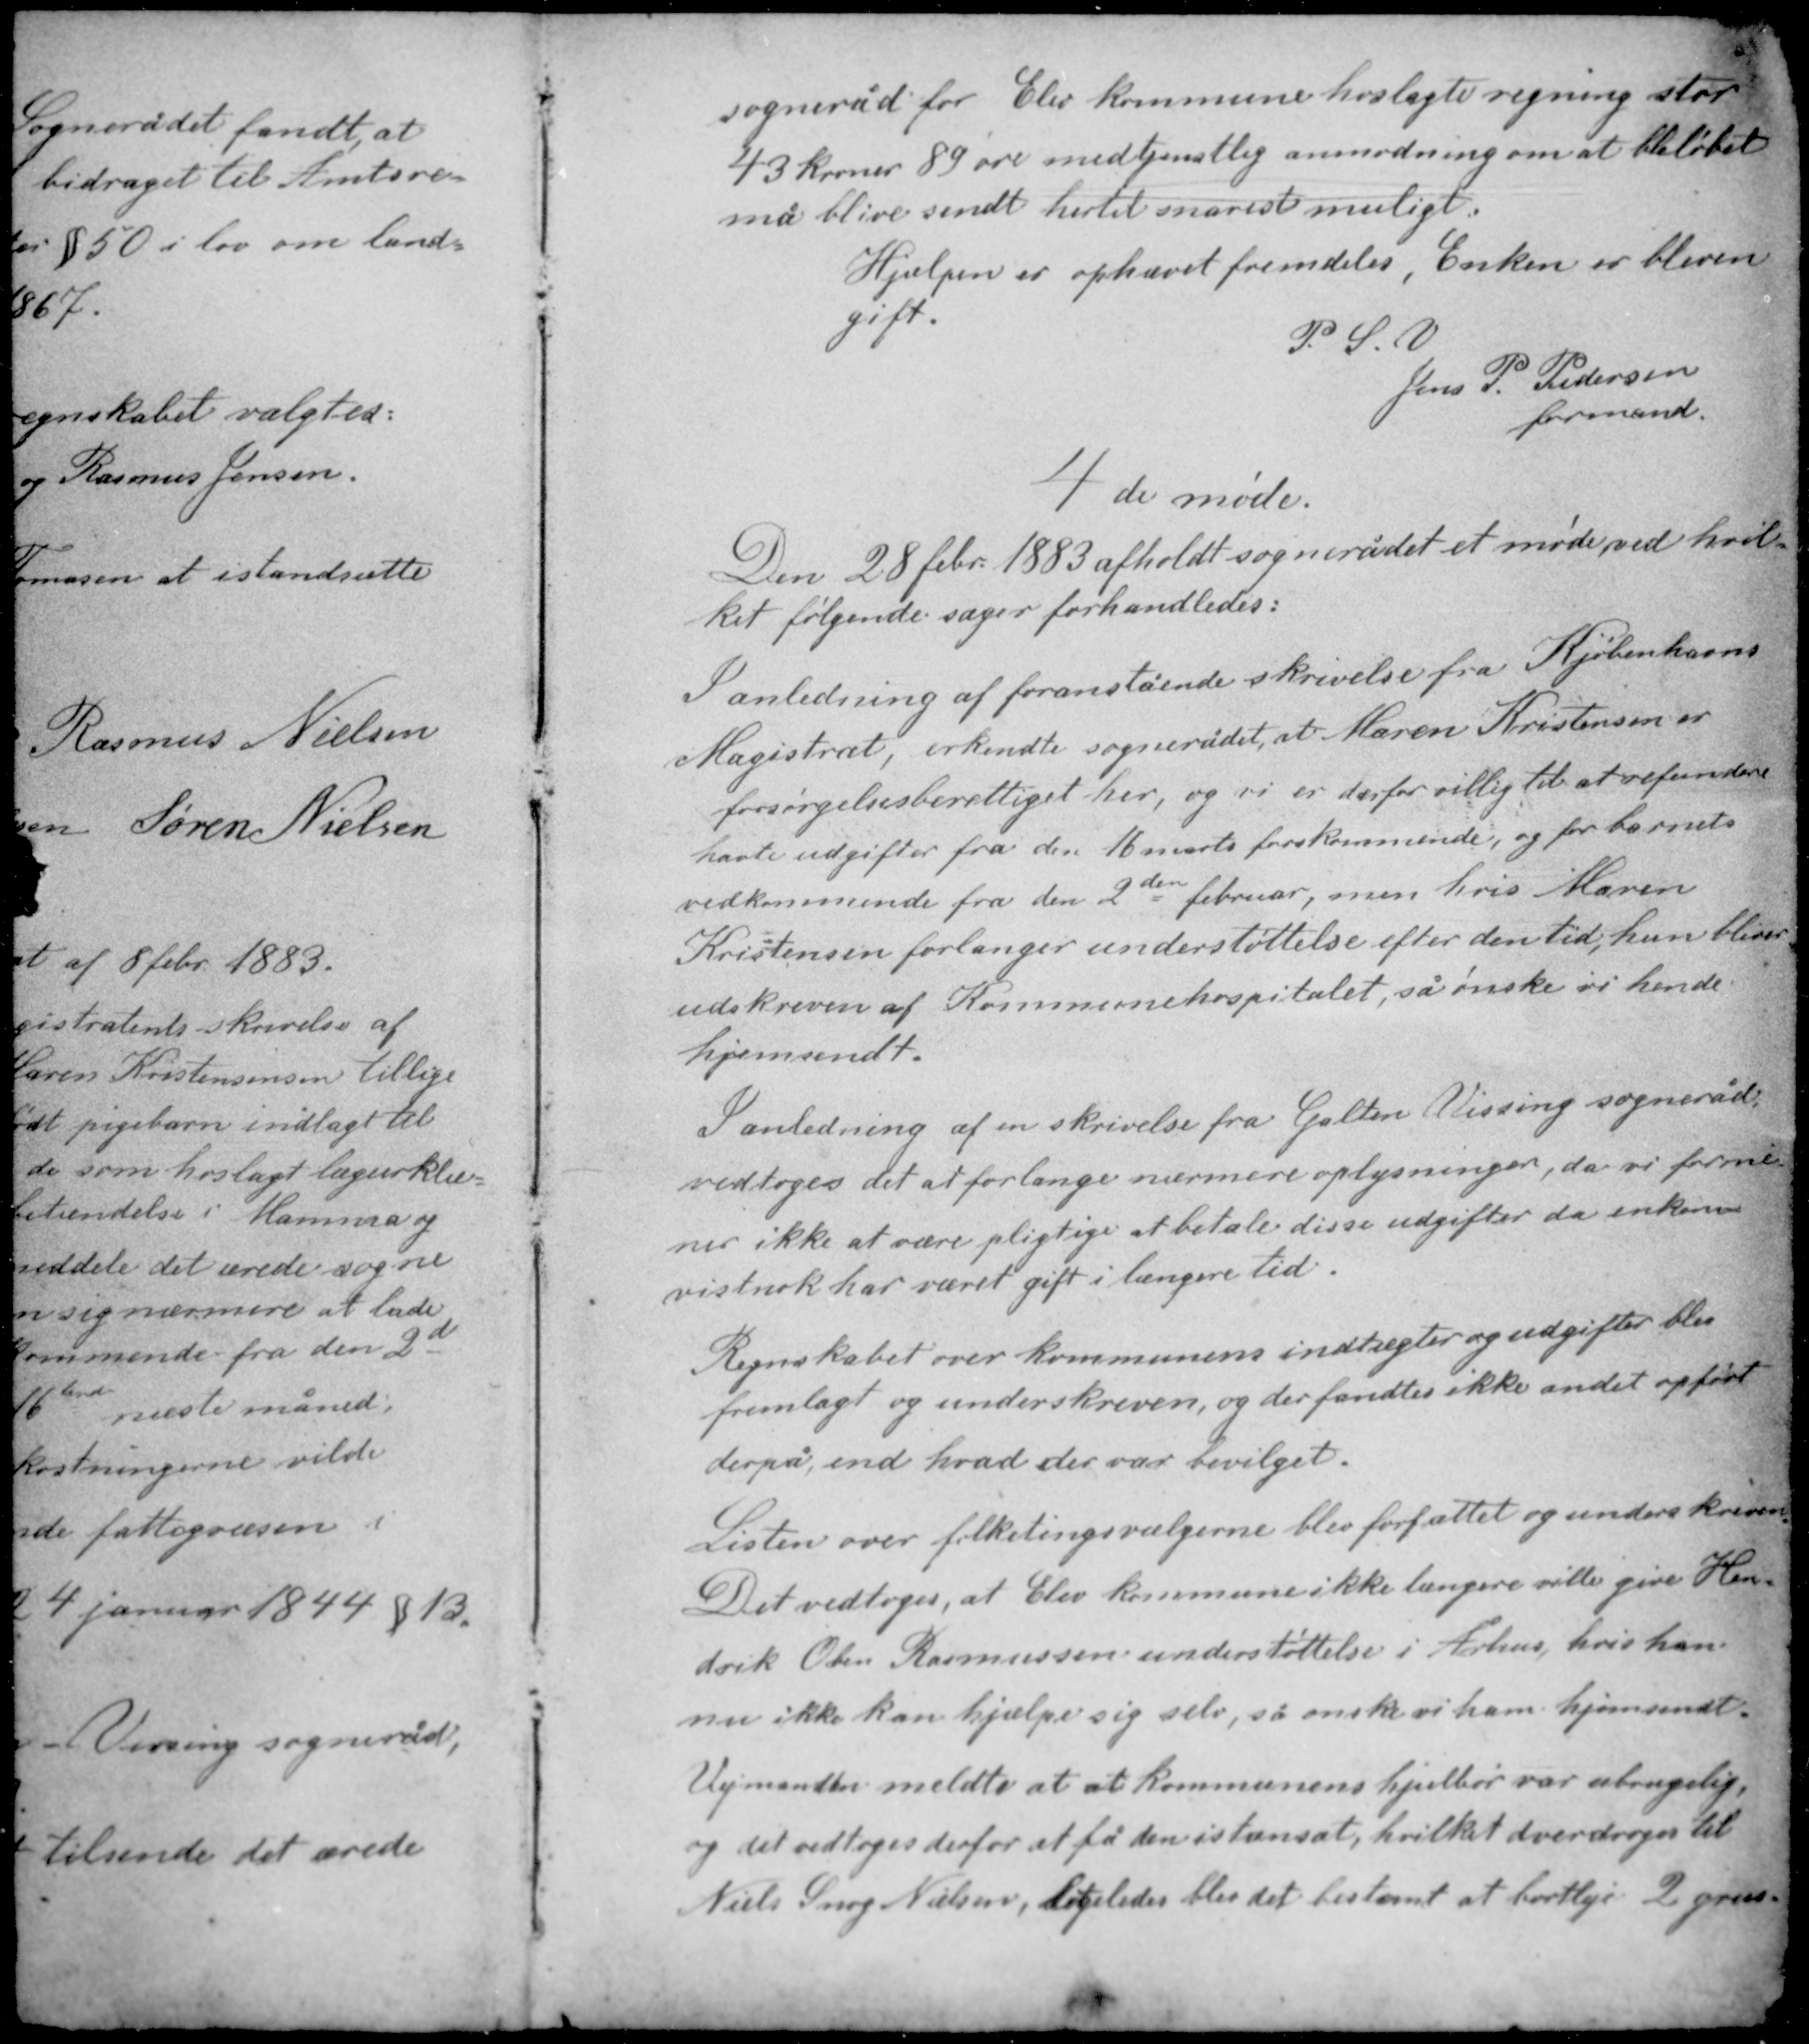
Transskription:
sogneråd for Elev kommune hoslagte regning stor
43 Kroner 89 øre med tjenstlig anmodning om at beløbet
må blive sendt hertil snarest muligt.
Hjælpen er ophævet fremdeles. Enken er bleven
gift.
P. S. V.
Jens P. Pedersen
formand

4de møde

Den 28 febr. 1883 afholdt sognerådet et møde ved hvil-
ket følgende sager forhandledes:

I anledning af foranstående skrivelse fra Kjøbenhavns
Magistrat, erkendte sognerådet at Maren Kristensen er
forsørgelsesberettiget her, og vi er derfor villig til at refundere
havte udgifter fra den 16 marts forskommende, og for barnets
vedkommende fra den 2den februar, men hvis Maren
Kristensen forlanger understøttelse efter den tid, hun bliver
udskreven af Kommunehospitalet, så ønsker vi hende
hjemsendt

I anledning af en skrivelse fra Galten Vissing sogneråd
vedtoges det at forlange nærmere oplysninger, da vi forme-
ner ikke at være pligtige at betale disse udgifter da enken
vistnok har været gift i længere tid.

Regnskabet over kommunens indtægter og udgifter blev
fremlagt og underskreven, og der fandtes ikke andet opført
derpå end hvad der var bevilget.
Listen over folketingsvælgerne blev forfattet og underskriven.
Det vedtoges, at Elev kommune ikke længere ville give Hen
drik Oben Rasmussen understøttelse i Århus, hvis han
nu ikke kan hjælpe sig selv, så ønsker vi ham hjemsendt.

Vejmandter meldte at at kommunens hjulbør var ubrugelig,
og det vedtoges derfor at få den istansat, hvilket overdroges til
Niels Snog Nielsen, ligeledes blev det bestemt at bortleje 2 grus-